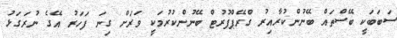
ސަބަބަކީ ބޭސްތައް ބޭނުންކުރާއިރު ގްރޭޕްފުރުޓް ބޭނުންކުރުމަކީ ވަރަށް ގިނަ ފަހަރު އޭގެ ނުރަގަޅު